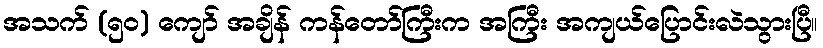
အသက် (၅၀) ကျော် အချိန် ကန်တော်ကြီးက အကြီး အကျယ်ပြောင်းလဲသွားပြီ။